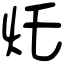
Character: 灹